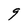
Character: g